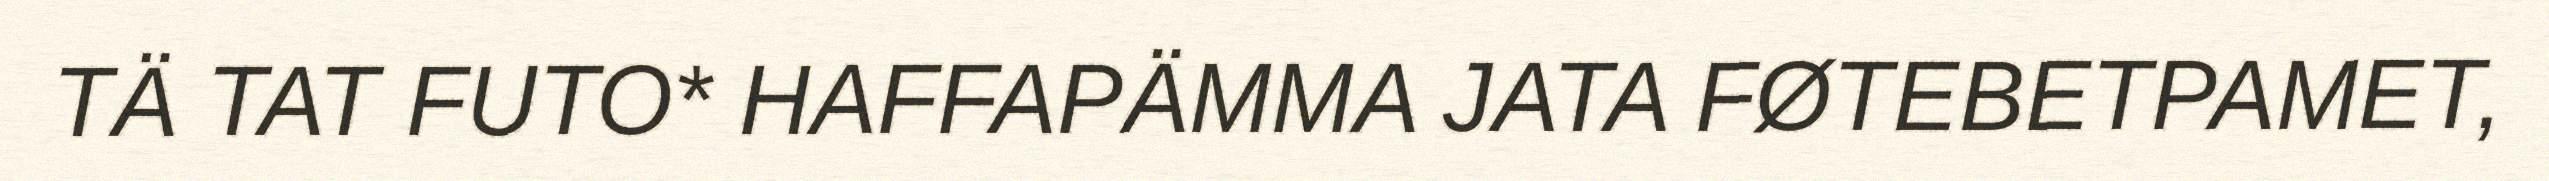
TÄ TAT FUTO* HAFFAPÄMMA JATA FØTEBETPAMET,